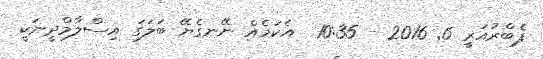
ފެބްރުއަރީ 6